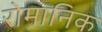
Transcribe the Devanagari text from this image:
रोमानिक